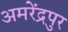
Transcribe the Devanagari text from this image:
अमरेंद्रपुर